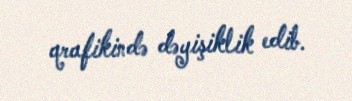
qrafikində dəyişiklik edib.